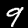
Label: 9